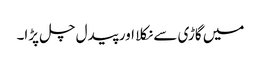
میں گاڑی سے نکلا اور پیدل چل پڑا۔